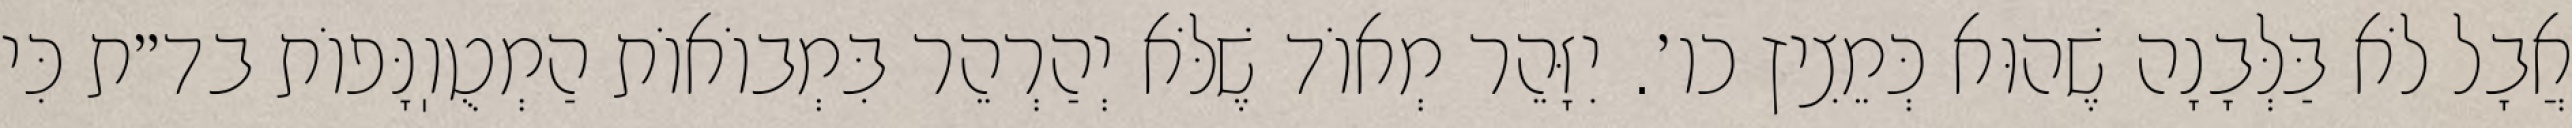
אֲבָל לֹא בַּלְּבָנָה שֶׁהוּא כְּמֵצִיץ כו׳. יִזָּהֵר מְאוֹד שֶׁלֹּא יְהַרְהֵר בִּמְבוֹאוֹת הַמְטֻוֽנָּפוֹת בד״ת כִּי